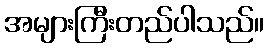
အများကြီးတည်ပါသည်။